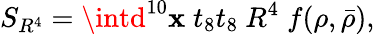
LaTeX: S_{R^{4}}=\intd^{10}\mathbf{x}\; t_{8}t_{8}\ R^{4}\; f(\rho,\bar{{\rho}}),